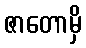
ဇာတောမှိ